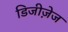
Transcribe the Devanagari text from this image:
डिजीज़ेज